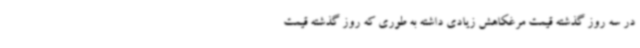
در سه روز گذشته قیمت مرغکاهش زیادی داشته به طوری که روز گذشته قیمت